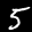
Label: 5